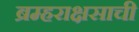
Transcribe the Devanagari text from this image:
ब्रम्हराक्षसाची